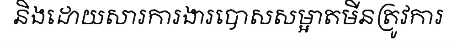
និងដោយសារការងារបោសសម្អាតមីនត្រូវការ